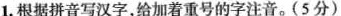
1.根据拼音写汉字，给加着重号的字注音。(5分)